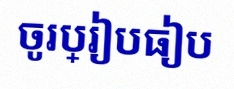
ចូរប្រៀបធៀប